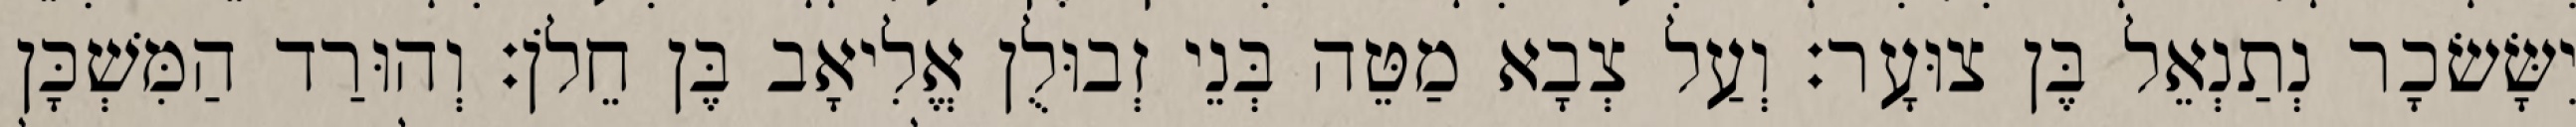
יִשָּׂשׂכָר נְתַנְאֵל בֶּן צוּעָר׃ וְעַל צְבָא מַטֵּה בְּנֵי זְבוּלֻן אֱלִיאָב בֶּן חֵלֹן׃ וְהוּרַד הַמִּשְׁכָּן